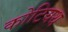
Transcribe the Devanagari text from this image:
कोटियथ